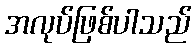
အလုပ်ဖြစ်ပါသည်